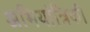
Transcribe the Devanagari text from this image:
अभियांत्रिकी